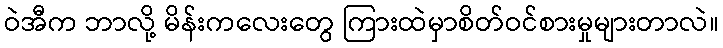
ဝဲအီက ဘာလို့ မိန်းကလေးတွေ ကြားထဲမှာစိတ်ဝင်စားမှုများတာလဲ။